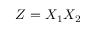
Z = X _ { 1 } X _ { 2 }